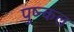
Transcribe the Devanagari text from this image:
पुष्न्कल